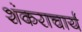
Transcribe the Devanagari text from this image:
शंकराचार्य